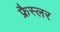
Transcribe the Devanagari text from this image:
फ्रैस्लर